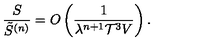
\frac { S } { \tilde { S } ^ { ( n ) } } = O \left( \frac { 1 } { \lambda ^ { n + 1 } { \cal T } ^ { 3 } V } \right) .